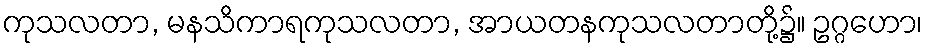
ကုသလတာ, မနသိကာရကုသလတာ, အာယတနကုသလတာတို့၌။ ဥဂ္ဂဟော၊